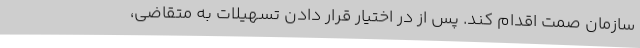
سازمان صمت اقدام کند. پس از در اختیار قرار دادن تسهیلات به متقاضی،